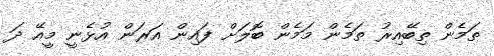
ތަމެން ތިބޭއިރު ތަމެން މަމެން ބޮލަށް ފައިން އަރަން އުޅެނީ މީއޭ ދަ